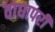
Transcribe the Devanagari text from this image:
वाघापरी